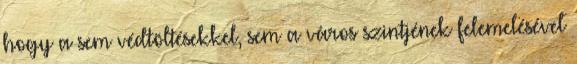
hogy a sem védtöltésekkel, sem a város szintjének felemelésével